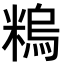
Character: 𥻼